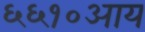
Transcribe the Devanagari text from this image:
६६१०आय